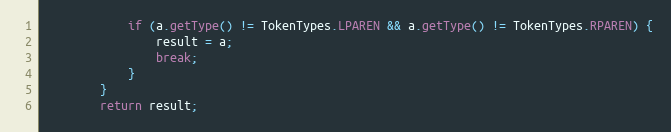
Language: Java
            if (a.getType() != TokenTypes.LPAREN && a.getType() != TokenTypes.RPAREN) {
                result = a;
                break;
            }
        }
        return result;